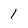
Character: 1